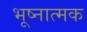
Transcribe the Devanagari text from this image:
भूष्नात्मक